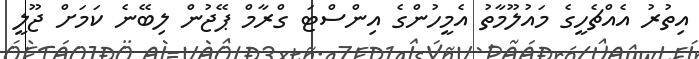
އިތުރު އެއްޗެހީގެ މައުލޫމާތު އެމީހުންގެ އިންސްޓަ ގްރާމް ޕޭޖުން ލިބޭނެ ކަމަށް ޖޫލީ